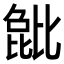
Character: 𬆺